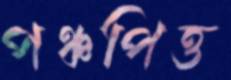
পঞ্চপিত্ত